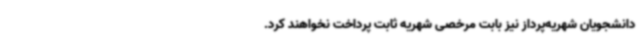
دانشجویان شهریه‌پرداز نیز بابت مرخصی شهریه ثابت پرداخت نخواهند کرد.